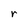
Character: r